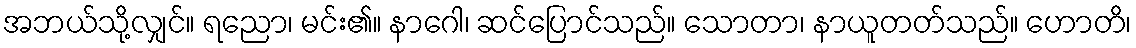
အဘယ်သို့လျှင်။ ရညော၊ မင်း၏။ နာဂေါ၊ ဆင်ပြောင်သည်။ သောတာ၊ နာယူတတ်သည်။ ဟောတိ၊